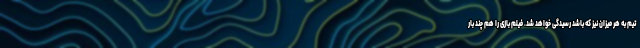
تیم به هر میزان نیز که باشد رسیدگی خواهد شد. فیلم بازی را هم چند بار